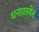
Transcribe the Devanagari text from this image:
घनावस्थेत